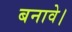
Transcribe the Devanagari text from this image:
बनावे।